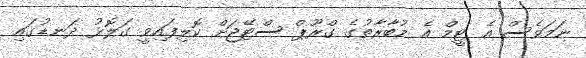
ނަމަވެސް އެ ޓީމް އެ މުބާރާތުގެ ގްރޫޕް ސްޓޭޖަށް ކޮލިފައިވީ ގަލޮޅު ދަނޑުގައި